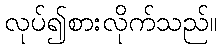
လုပ်၍စားလိုက်သည်။